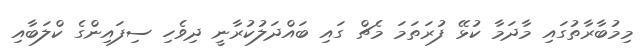
މިމުބާރާތުގައި މާދަމާ ކުޅޭ ފުރަތަމަ މެޗް ގައި ބައްދަލުކުރާނީ ދިވެހި ސިފައިންގެ ކްލަބާއި